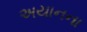
અયાનના